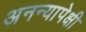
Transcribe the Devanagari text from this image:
अनन्यापेक्षी